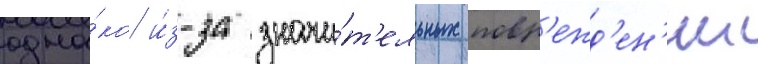
одна́ко и́з-за значи́т'ельных повр'ежд'ен'ии